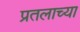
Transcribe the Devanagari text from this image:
प्रतलाच्या